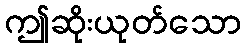
ဤဆိုးယုတ်သော